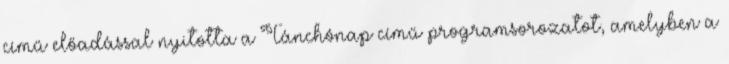
című előadással nyitotta a Tánchónap című programsorozatot, amelyben a